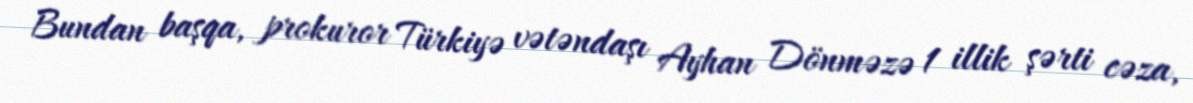
Bundan başqa, prokuror Türkiyə vətəndaşı Ayhan Dönməzə 1 illik şərti cəza,